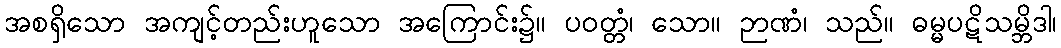
အစရှိသော အကျင့်တည်းဟူသော အကြောင်း၌။ ပဝတ္တံ၊ သော။ ဉာဏံ၊ သည်။ ဓမ္မပဋိသမ္ဘိဒါ၊